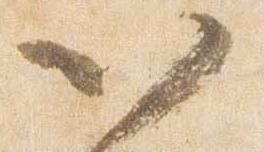
以